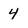
Character: 4